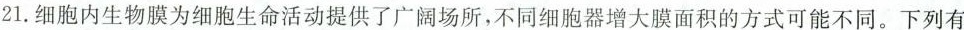
21.细胞内生物膜为细胞生命活动提供了广阔场所，不同细胞器增大膜面积的方式可能不同。下列有